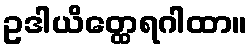
ဥဒါယိတ္ထေရဂါထာ။